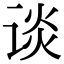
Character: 谈